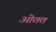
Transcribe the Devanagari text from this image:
ओतत